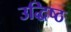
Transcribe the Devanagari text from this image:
उद्धिष्ठ